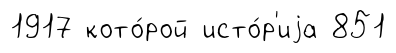
1917 кото́рой исто́р'иjа 851